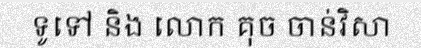
ទូទៅ និង លោក គុច ចាន់វិសា